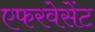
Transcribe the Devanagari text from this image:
एफरवेसेंट